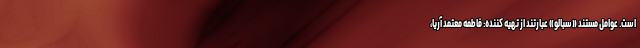
است. عوامل مستند «سبالو» عبارتند از تهیه کننده: فاطمه معتمد آریا،